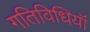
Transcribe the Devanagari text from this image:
गतिविधियॉं